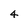
Character: 4